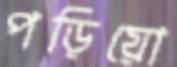
পড়িয়ো